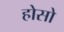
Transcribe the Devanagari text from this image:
होसो